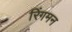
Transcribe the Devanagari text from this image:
रिंगमन